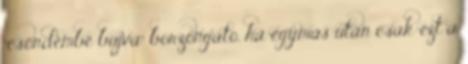
"csöndembe bújva" borzongató, ha egymás után csak ezt a